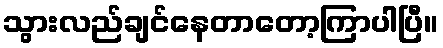
သွားလည်ချင်နေတာတော့ကြာပါပြီ။